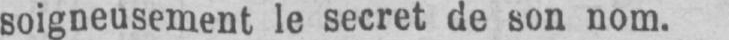
soigneusement le secret de son nom.